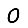
Digit: 0